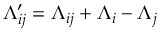
\Lambda _ { i j } ^ { \prime } = \Lambda _ { i j } + \Lambda _ { i } - \Lambda _ { j }